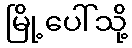
မြို့ပေါ်သို့